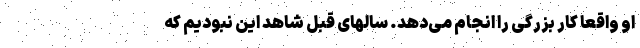
او واقعا کار بزرگی را انجام می‌دهد. سالهای قبل شاهد این نبودیم که